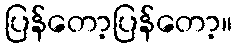
ပြန်တော့ပြန်တော့။